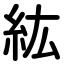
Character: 紘